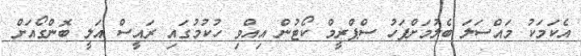
އެކަމަކު މައްސަލަ ބެލުމަށްފަހު ސްޕްރީމް ކޯޓުން އިއްވި ހުކުމުގައި ރައީސް އަލީ ބޮންގޯއަށް